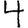
Digit: 4